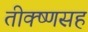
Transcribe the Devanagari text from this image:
तीक्ष्णसह